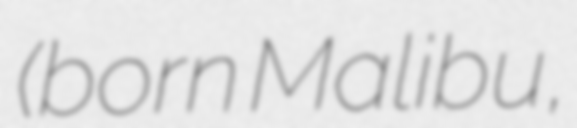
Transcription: (born Malibu,